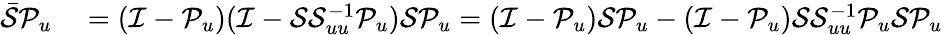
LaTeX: \begin{array}{rl}{\bar{\mathcal{S}}\mathcal{P}_{u}}&{{}=(\mathcal{I}-\mathcal{P}_{u})(\mathcal{I}-\mathcal{S}\mathcal{S}_{uu}^{-1}\mathcal{P}_{u})\mathcal{S}\mathcal{P}_{u}=(\mathcal{I}-\mathcal{P}_{u})\mathcal{S}\mathcal{P}_{u}-(\mathcal{I}-\mathcal{P}_{u})\mathcal{S}\mathcal{S}_{uu}^{-1}\mathcal{P}_{u}\mathcal{S}\mathcal{P}_{u}}\end{array}